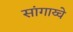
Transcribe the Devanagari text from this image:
सांगाय्चे